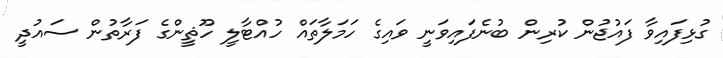
ގުޅިފައިވާ ފައުޖުން ކުރިން ބުނެފައިވަނީ ވައިގެ ހަމަލާތައް ހުއްޓާލީ ހޫޘީންގެ ފަރާތުން ސައުދީ